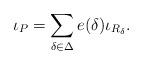
LaTeX: \begin{align*}\iota_P = \sum_{\delta\in \Delta} e(\delta) \iota_{R_\delta}.\end{align*}